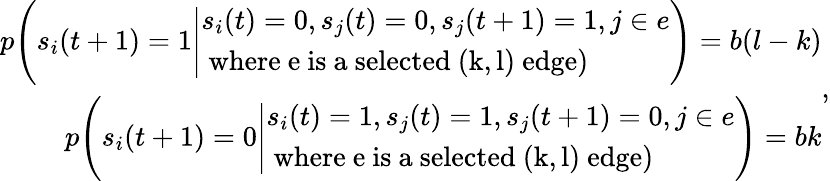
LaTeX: \begin{array}{r}{p\Bigg(s_{i}(t+1)=1\Bigg|\begin{array}{l}{s_{i}(t)=0,s_{j}(t)=0,s_{j}(t+1)=1,j\in e}\\ {\mathrm{~where~e~is~a~selected~(k,l)~edge})}\end{array}\Bigg)=b(l-k)}\\ {p\Bigg(s_{i}(t+1)=0\Bigg|\begin{array}{l}{s_{i}(t)=1,s_{j}(t)=1,s_{j}(t+1)=0,j\in e}\\ {\mathrm{~where~e~is~a~selected~(k,l)~edge})}\end{array}\Bigg)=bk}\end{array},